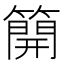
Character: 𥳐